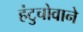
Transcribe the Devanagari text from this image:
हंटुचोवाने